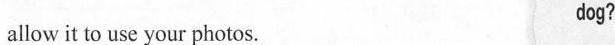
allo wit to use your photos. dog?